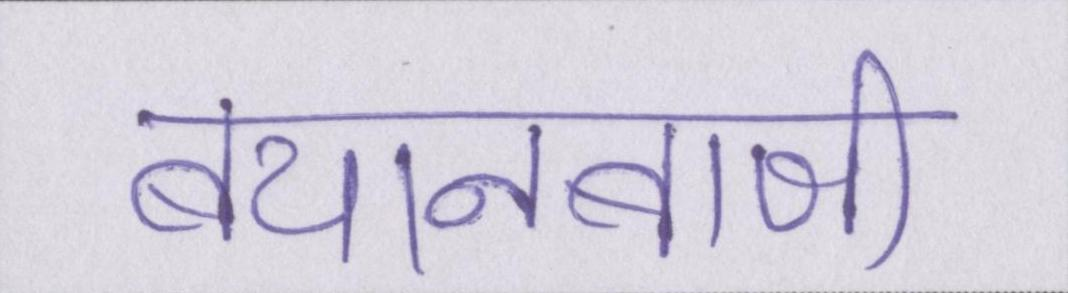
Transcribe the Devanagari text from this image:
बयानबाजी